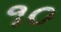
૧૦